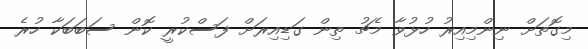
މިގޮތަށް ނިންމިއިރު ހުޅުވާ މެޗު ތިން ގަޑިއިރަށް ފަސްކުރީ ކޮން ސަބަބަކާ ހުރެ